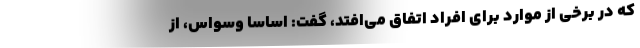
که در برخی از موارد برای افراد اتفاق می‌افتد، گفت:‌ اساسا وسواس، از